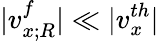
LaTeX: |v_{x;R}^{f}|\ll|v_{x}^{th}|